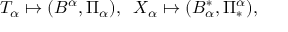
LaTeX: { \cal T } _ { \alpha } \mapsto ( B ^ { \alpha } , \Pi _ { \alpha } ) , \; \; X _ { \alpha } \mapsto ( B _ { \alpha } ^ { \ast } , \Pi _ { \ast } ^ { \alpha } ) ,